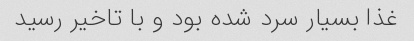
غذا بسیار سرد شده بود و با تاخیر رسید